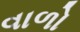
વાળો